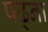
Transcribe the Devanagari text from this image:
पढ्ना